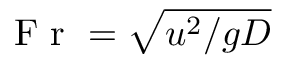
\mathrm { ~ F ~ r ~ } = \sqrt { { u ^ { 2 } } / { g D } }